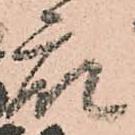
衆